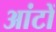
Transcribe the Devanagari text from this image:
आंटों